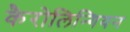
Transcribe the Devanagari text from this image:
कैरोलिन्गियन